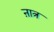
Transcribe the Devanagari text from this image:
ऩात्र